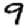
Digit: 9